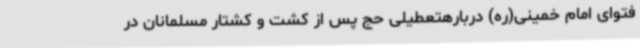
فتوای امام خمینی(ره) دربارهتعطیلی حج پس از کشت و کشتار مسلمانان در